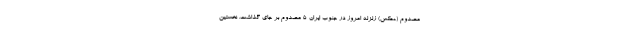
مصدوم (+عکس) زلزله امروز در جنوب ایران 5 مصدوم بر جای گذاشت. نخستین